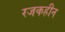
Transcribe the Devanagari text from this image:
रजकहीन